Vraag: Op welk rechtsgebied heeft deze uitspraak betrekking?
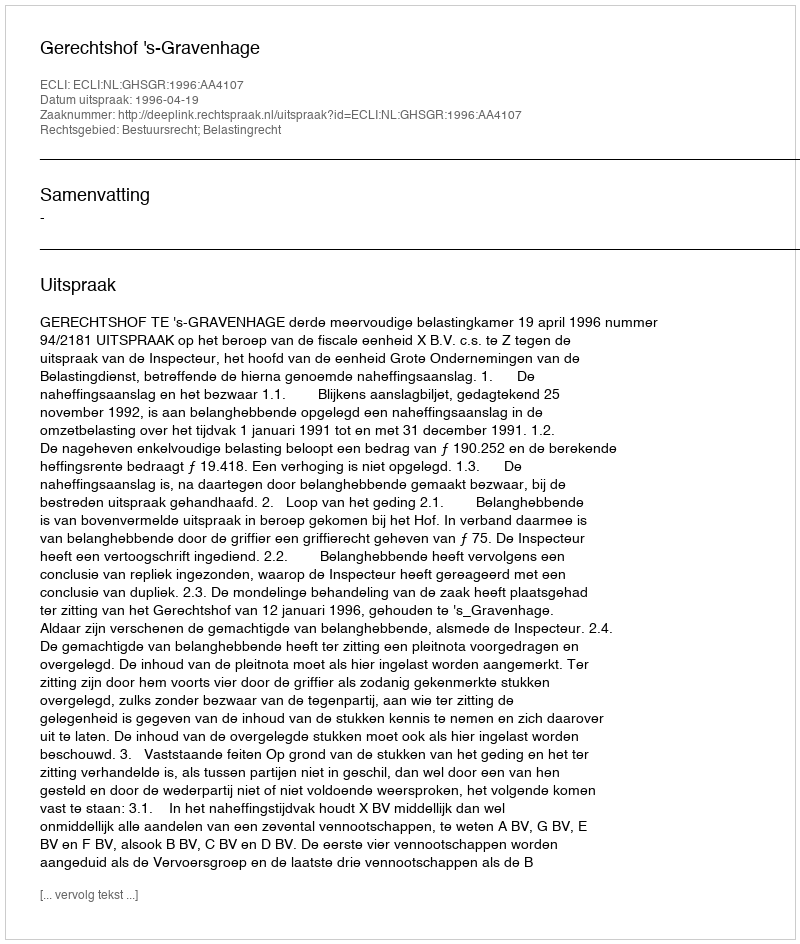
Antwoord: Bestuursrecht; Belastingrecht